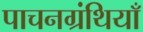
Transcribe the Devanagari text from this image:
पाचनग्रंथियाँ